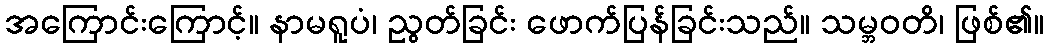
အကြောင်းကြောင့်။ နာမရူပံ၊ ညွတ်ခြင်း ဖောက်ပြန်ခြင်းသည်။ သမ္ဘဝတိ၊ ဖြစ်၏။